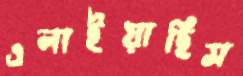
এলাইয়াছিস